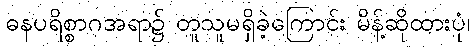
ဓနပရိစ္စာဂအရာ၌ တူသူမရှိခဲ့ကြောင်း မိန့်ဆိုထားပုံ၊